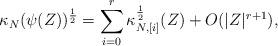
LaTeX: \begin{align*}\kappa_{N}(\psi(Z))^{\frac{1}{2}} = \sum_{i = 0}^{r} \kappa_{N, [i]}^{\frac{1}{2}}(Z) + O(|Z|^{r + 1}),\end{align*}